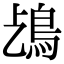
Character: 𩾤